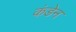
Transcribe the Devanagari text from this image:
कंडेन